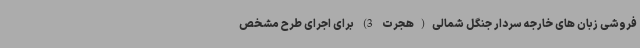
فروشی زبان های خارجه سردار جنگل شمالی(هجرت 3) برای اجرای طرح مشخص